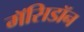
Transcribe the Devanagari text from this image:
मॅसिडॉन